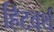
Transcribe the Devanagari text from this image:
हिटवर्थ